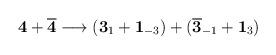
LaTeX: \begin{align*}{\bf 4} + \overline{\bf 4}\longrightarrow ({\bf 3}_1 + {\bf 1}_{-3}) + (\overline{\bf 3}_{-1}+{\bf 1}_{3})\end{align*}